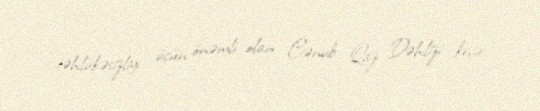
təhlükəsizliyi üçün önəmli olan Cənub Qaz Dəhlizi keçir.